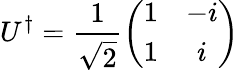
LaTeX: U^{\dagger}=\frac{1}{\sqrt{2}}\left(\begin{array}{cc}{1}&{-i}\\ {1}&{i}\end{array}\right)